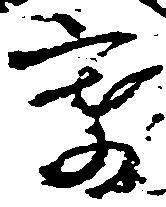
寄